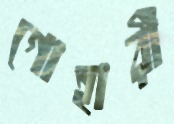
গোহারী